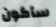
سأكون